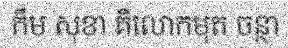
កឹម សុខា គឺលោកមុត ចន្ថា